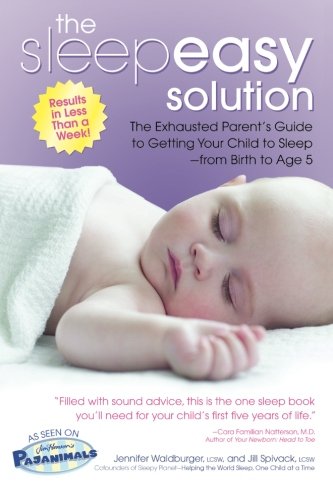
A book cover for The Sleepeasy Solution: The Exhausted Parent's Guide to Getting Your Child to Sleep from Birth to Age 5; Jennifer Waldburger; Parenting & Relationships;